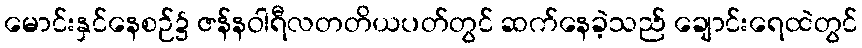
မောင်းနှင်နေစဉ်၌ ဇန်နဝါရီလတတိယပတ်တွင် ဆက်နေခဲ့သည် ချောင်းရေထဲတွင်